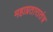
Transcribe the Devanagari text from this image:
महाग्रतारातंत्र